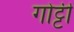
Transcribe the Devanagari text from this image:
गोट्टी